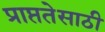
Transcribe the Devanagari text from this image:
प्राप्ततेसाठी